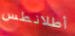
أطلانطس